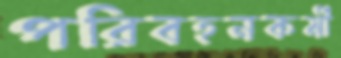
পরিবহনকর্মী